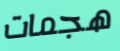
هجمات